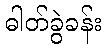
ဓါတ်ခွဲခန်း